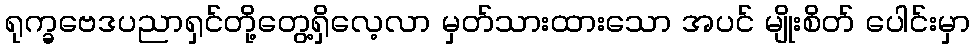
ရုက္ခဗေဒပညာရှင်တို့တွေ့ရှိလေ့လာ မှတ်သားထားသော အပင် မျိုးစိတ် ပေါင်းမှာ